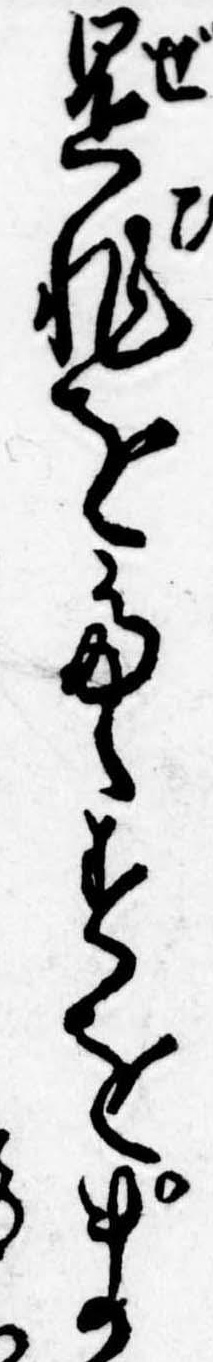
是非をたゝすをま